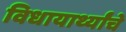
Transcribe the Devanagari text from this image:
विधायार्थ्यांचे